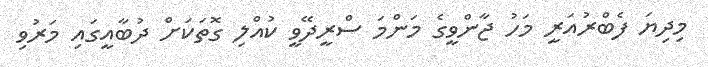
މިދިޔަ ފެބްރުއަރީ މަހު ޖާންވީގެ މަންމަ ސްރީދޭވީ ކުއްލި ގޮތަކަށް ދުބާއީގައި މަރުވި